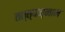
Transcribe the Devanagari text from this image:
तत्त्वज्नान